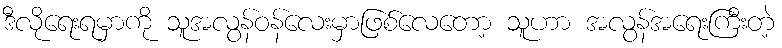
ဒီလိုရေးရမှာကို သူအလွန်ဝန်လေးမှာဖြစ်လေတော့ သူဟာ အလွန်အရေးကြီးတဲ့